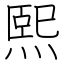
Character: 熙